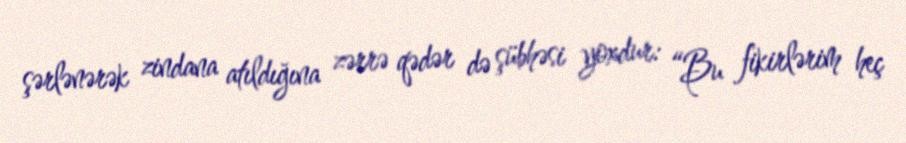
şərlənərək zindana atıldığına zərrə qədər də şübhəsi yoxdur: “Bu fikirlərim heç